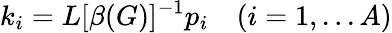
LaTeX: k_{i}=L[\beta(G)]^{-1}p_{i}\quad(i=1,...A)